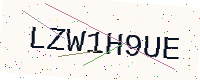
Text: LZW1H9UE